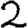
Digit: 2